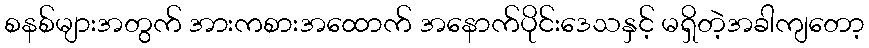
စနစ်များအတွက် အားကစားအထောက် အနောက်ပိုင်းဒေသနှင့် မရှိတဲ့အခါကျတော့